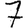
Digit: 7